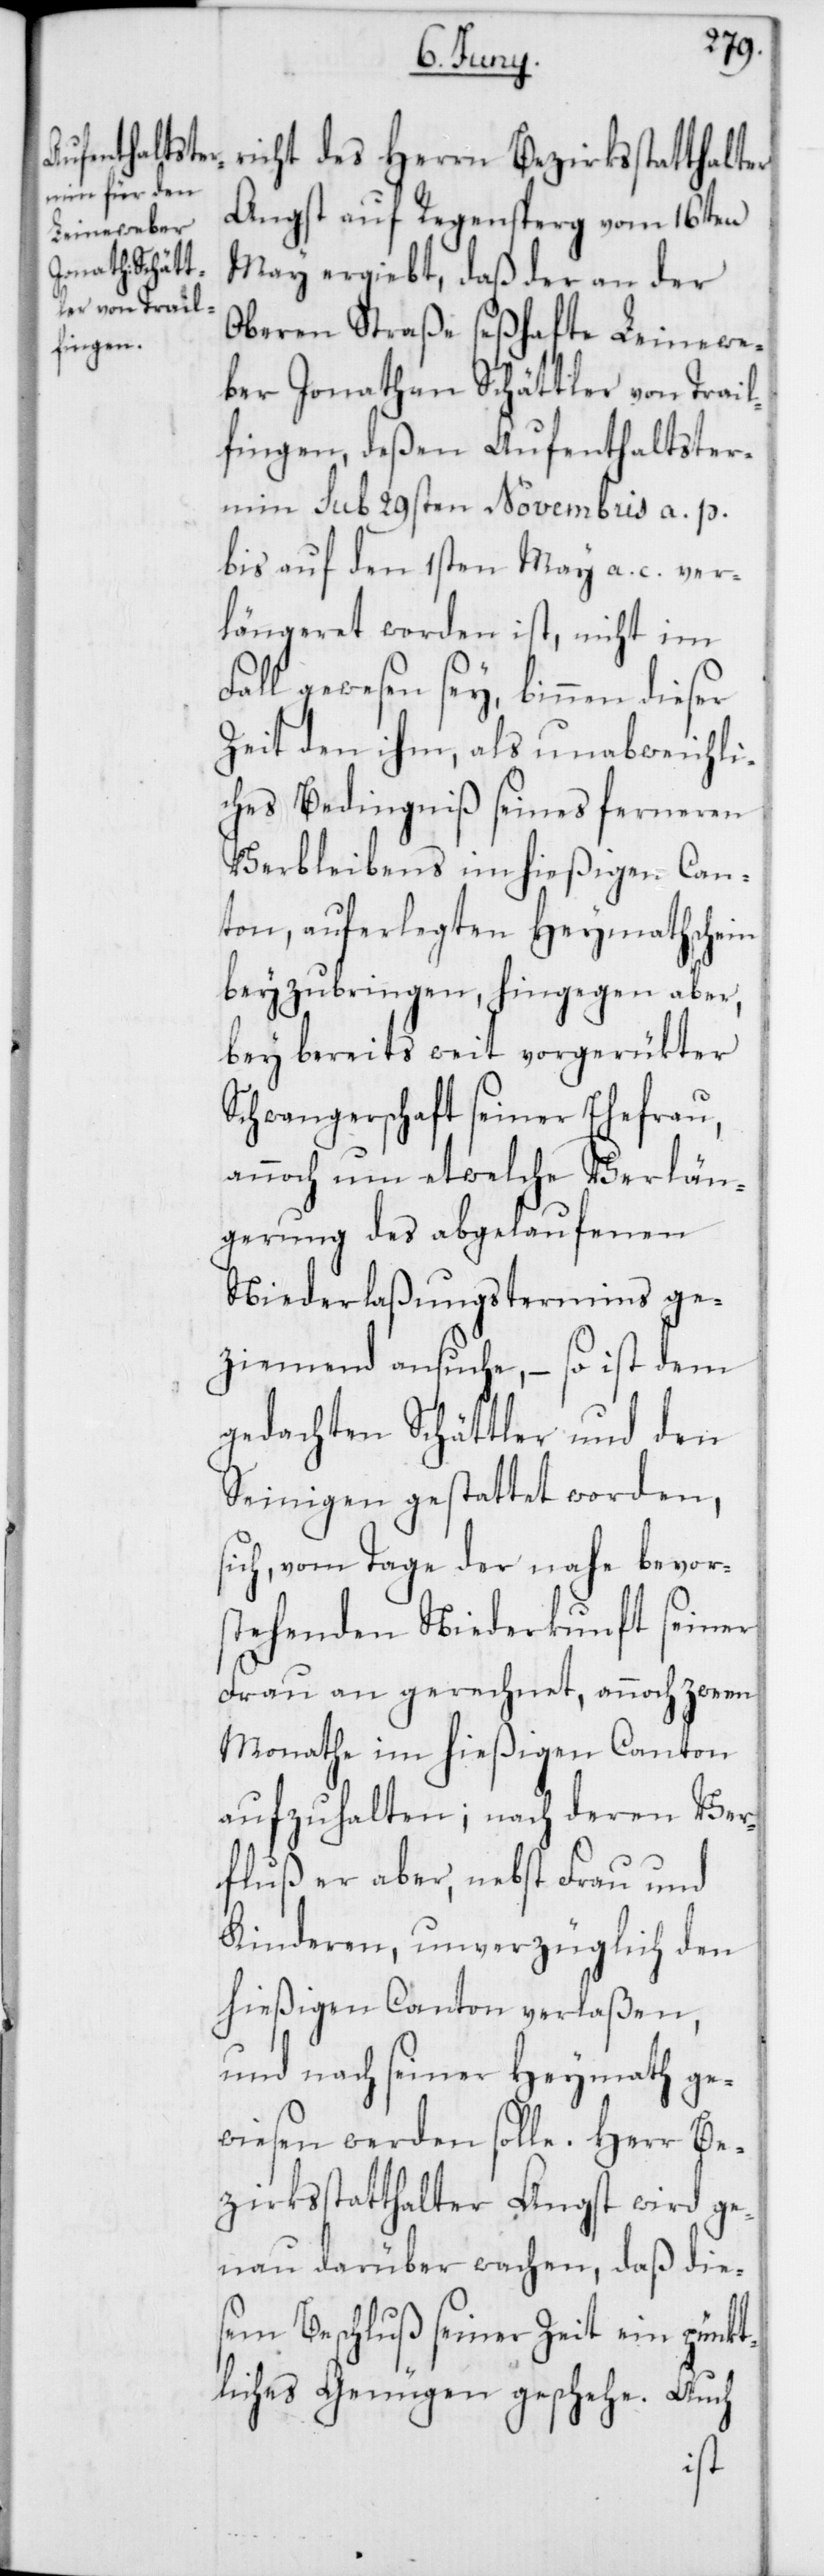
richt des Herrn Bezirksstatthalter
Angst auf Regensperg vom 16ten
May ergiebt, daß der an der
Oberen Straße seßhafte Leinewe¬
ber Jonathan Schättler von Trail¬
fingen, deßen Aufenthaltster¬
min sub 29sten Novembris a. p.
bis auf den 1sten May a. c. ver¬
längeret worden ist, nicht im
Fall gewesen sey, binnen dieser
Zeit den ihm, als unabweichli¬
ches Bedingniß seines ferneren
Verbleibens im hießigen Can¬
ton, auferlegten Heymathschein
beyzubringen, hingegen aber,
bey bereits weit vorgerükter
Schwangerschaft seiner Ehefrau,
annoch um etwelche Verlän¬
gerung des abgelaufenen
Niederlaßungstermins ge¬
ziemend ansuche, – so ist dem
gedachten Schättler und den
Seinigen gestattet worden,
sich, vom Tage der nahe bevor¬
stehenden Niederkunft seiner
Frau an gerechnet, annoch zween
Monathe im hießigen Canton
aufzuhalten; nach deren Ver¬
fluß er aber, nebst Frau und
Kinderen, unverzüglich den
hießigen Canton verlaßen,
und nach seiner Heymath ge¬
wiesen werden solle. Herr Be¬
zirksstatthalter Angst wird ge¬
nau darüber wachen, daß die¬
sem Beschluß seiner Zeit ein pünkt¬
liches Genügen geschehe. Auch